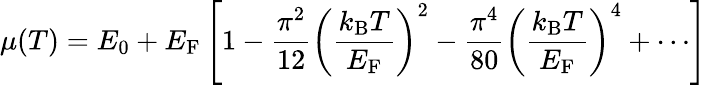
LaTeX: \mu(T)=E_{0}+E_{\mathrm{F}}\left[1-{\frac{\pi^{2}}{12}}\left({\frac{k_{\mathrm{{B}}}T}{E_{\mathrm{F}}}}\right)^{2}-{\frac{\pi^{4}}{80}}\left({\frac{k_{\mathrm{{B}}}T}{E_{\mathrm{F}}}}\right)^{4}+\cdots\right]